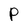
Character: P